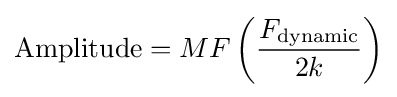
{\text{Amplitude}}=MF\left({\frac {F_{\text{dynamic}}}{2k}}\right)